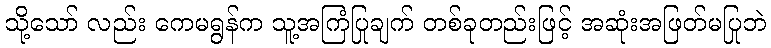
သို့သော် လည်း ကေမရွန်က သူ့အကြံပြုချက် တစ်ခုတည်းဖြင့် အဆုံးအဖြတ်မပြုဘဲ